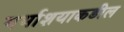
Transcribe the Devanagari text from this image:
गर्भाशयाकडील